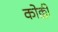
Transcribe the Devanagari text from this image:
कोक्की